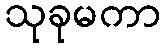
သုခုမကာ